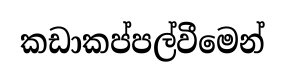
කඩාකප්පල්වීමෙන්